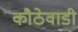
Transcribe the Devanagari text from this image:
कौठेवाडी